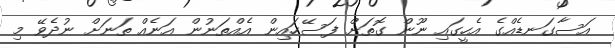
އަސާގަނޑެއްގެ އެހީގައި ނޫން ގޮތަށް ފަސޭހައިން އެއްތަނުން އަނެއް ތަނަށް ނުދެވޭ މި